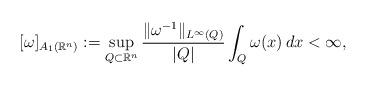
LaTeX: \begin{align*}[\omega]_{A_1(\mathbb{R}^n)}:=\sup_{Q\subset\mathbb{R}^n}\frac{\|\omega^{-1}\|_{L^\infty(Q)}}{|Q|}\int_Q\omega(x)\,dx<\infty,\end{align*}